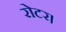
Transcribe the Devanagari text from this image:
रोटर।